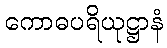
ကောဓပရိယုဋ္ဌာနံ